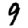
Digit: 9